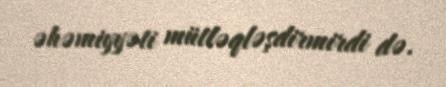
əhəmiyyəti mütləqləşdirmirdi də.